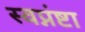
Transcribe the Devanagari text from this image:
स्वप्नंष्टा